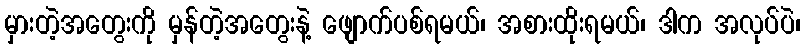
မှားတဲ့အတွေးကို မှန်တဲ့အတွေးနဲ့ ဖျောက်ပစ်ရမယ်၊ အစားထိုးရမယ်၊ ဒါက အလုပ်ပဲ၊